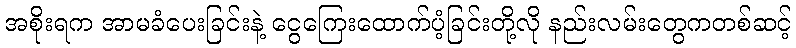
အစိုးရက အာမခံပေးခြင်းနဲ့ ငွေကြေးထောက်ပံ့ခြင်းတို့လို နည်းလမ်းတွေကတစ်ဆင့်